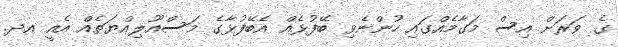
ގެ ވަރަށް އިސް މަގާމެއްގައި ހުންނެވި ބޭފުޅެއް އެބޭފުޅާގެ މަސްއޫލިއްޔަތެއް އެއީ އދ.